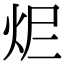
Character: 𤆾